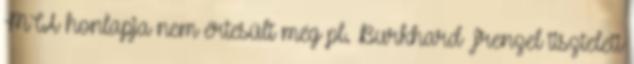
MTA honlapja nem értesült még pl. Burkhard Frenzel tiszteleti